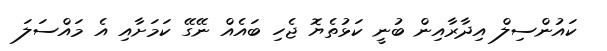
ކައުންސިލް އިދާރާއިން ބުނީ ކަޅުތެޔޮ ޖެހި ބައެއް ނޭގޭ ކަމަށާއި އެ މައްސަލަ